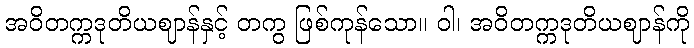
အဝိတက္ကဒုတိယဈာန်နှင့် တကွ ဖြစ်ကုန်သော။ ဝါ၊ အဝိတက္ကဒုတိယဈာန်ကို